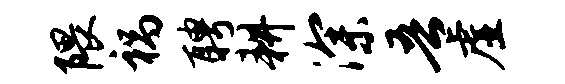
隈祸聘耕深吾虚